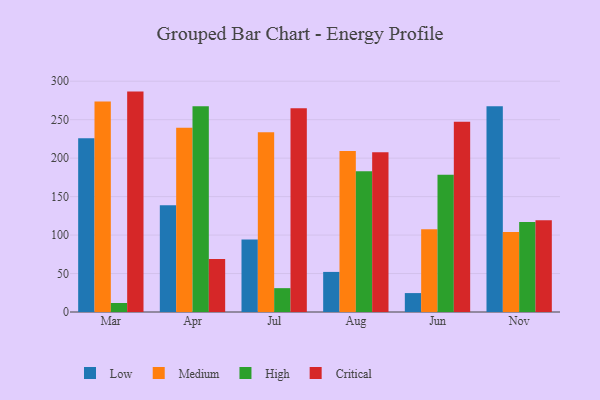
{"axis": {"x": "Month", "y": "Market Share (%)"}, "legend": ["Critical", "High", "Low", "Medium"], "data": [{"x": "Mar", "y": 225.9, "type": "Low"}, {"x": "Mar", "y": 273.5, "type": "Medium"}, {"x": "Mar", "y": 11.7, "type": "High"}, {"x": "Mar", "y": 286.5, "type": "Critical"}, {"x": "Apr", "y": 138.8, "type": "Low"}, {"x": "Apr", "y": 239.4, "type": "Medium"}, {"x": "Apr", "y": 267.4, "type": "High"}, {"x": "Apr", "y": 68.9, "type": "Critical"}, {"x": "Jul", "y": 94.2, "type": "Low"}, {"x": "Jul", "y": 233.8, "type": "Medium"}, {"x": "Jul", "y": 31.0, "type": "High"}, {"x": "Jul", "y": 264.8, "type": "Critical"}, {"x": "Aug", "y": 52.1, "type": "Low"}, {"x": "Aug", "y": 209.4, "type": "Medium"}, {"x": "Aug", "y": 183.0, "type": "High"}, {"x": "Aug", "y": 207.8, "type": "Critical"}, {"x": "Jun", "y": 24.6, "type": "Low"}, {"x": "Jun", "y": 107.6, "type": "Medium"}, {"x": "Jun", "y": 178.3, "type": "High"}, {"x": "Jun", "y": 247.2, "type": "Critical"}, {"x": "Nov", "y": 267.5, "type": "Low"}, {"x": "Nov", "y": 103.9, "type": "Medium"}, {"x": "Nov", "y": 116.9, "type": "High"}, {"x": "Nov", "y": 119.4, "type": "Critical"}]}